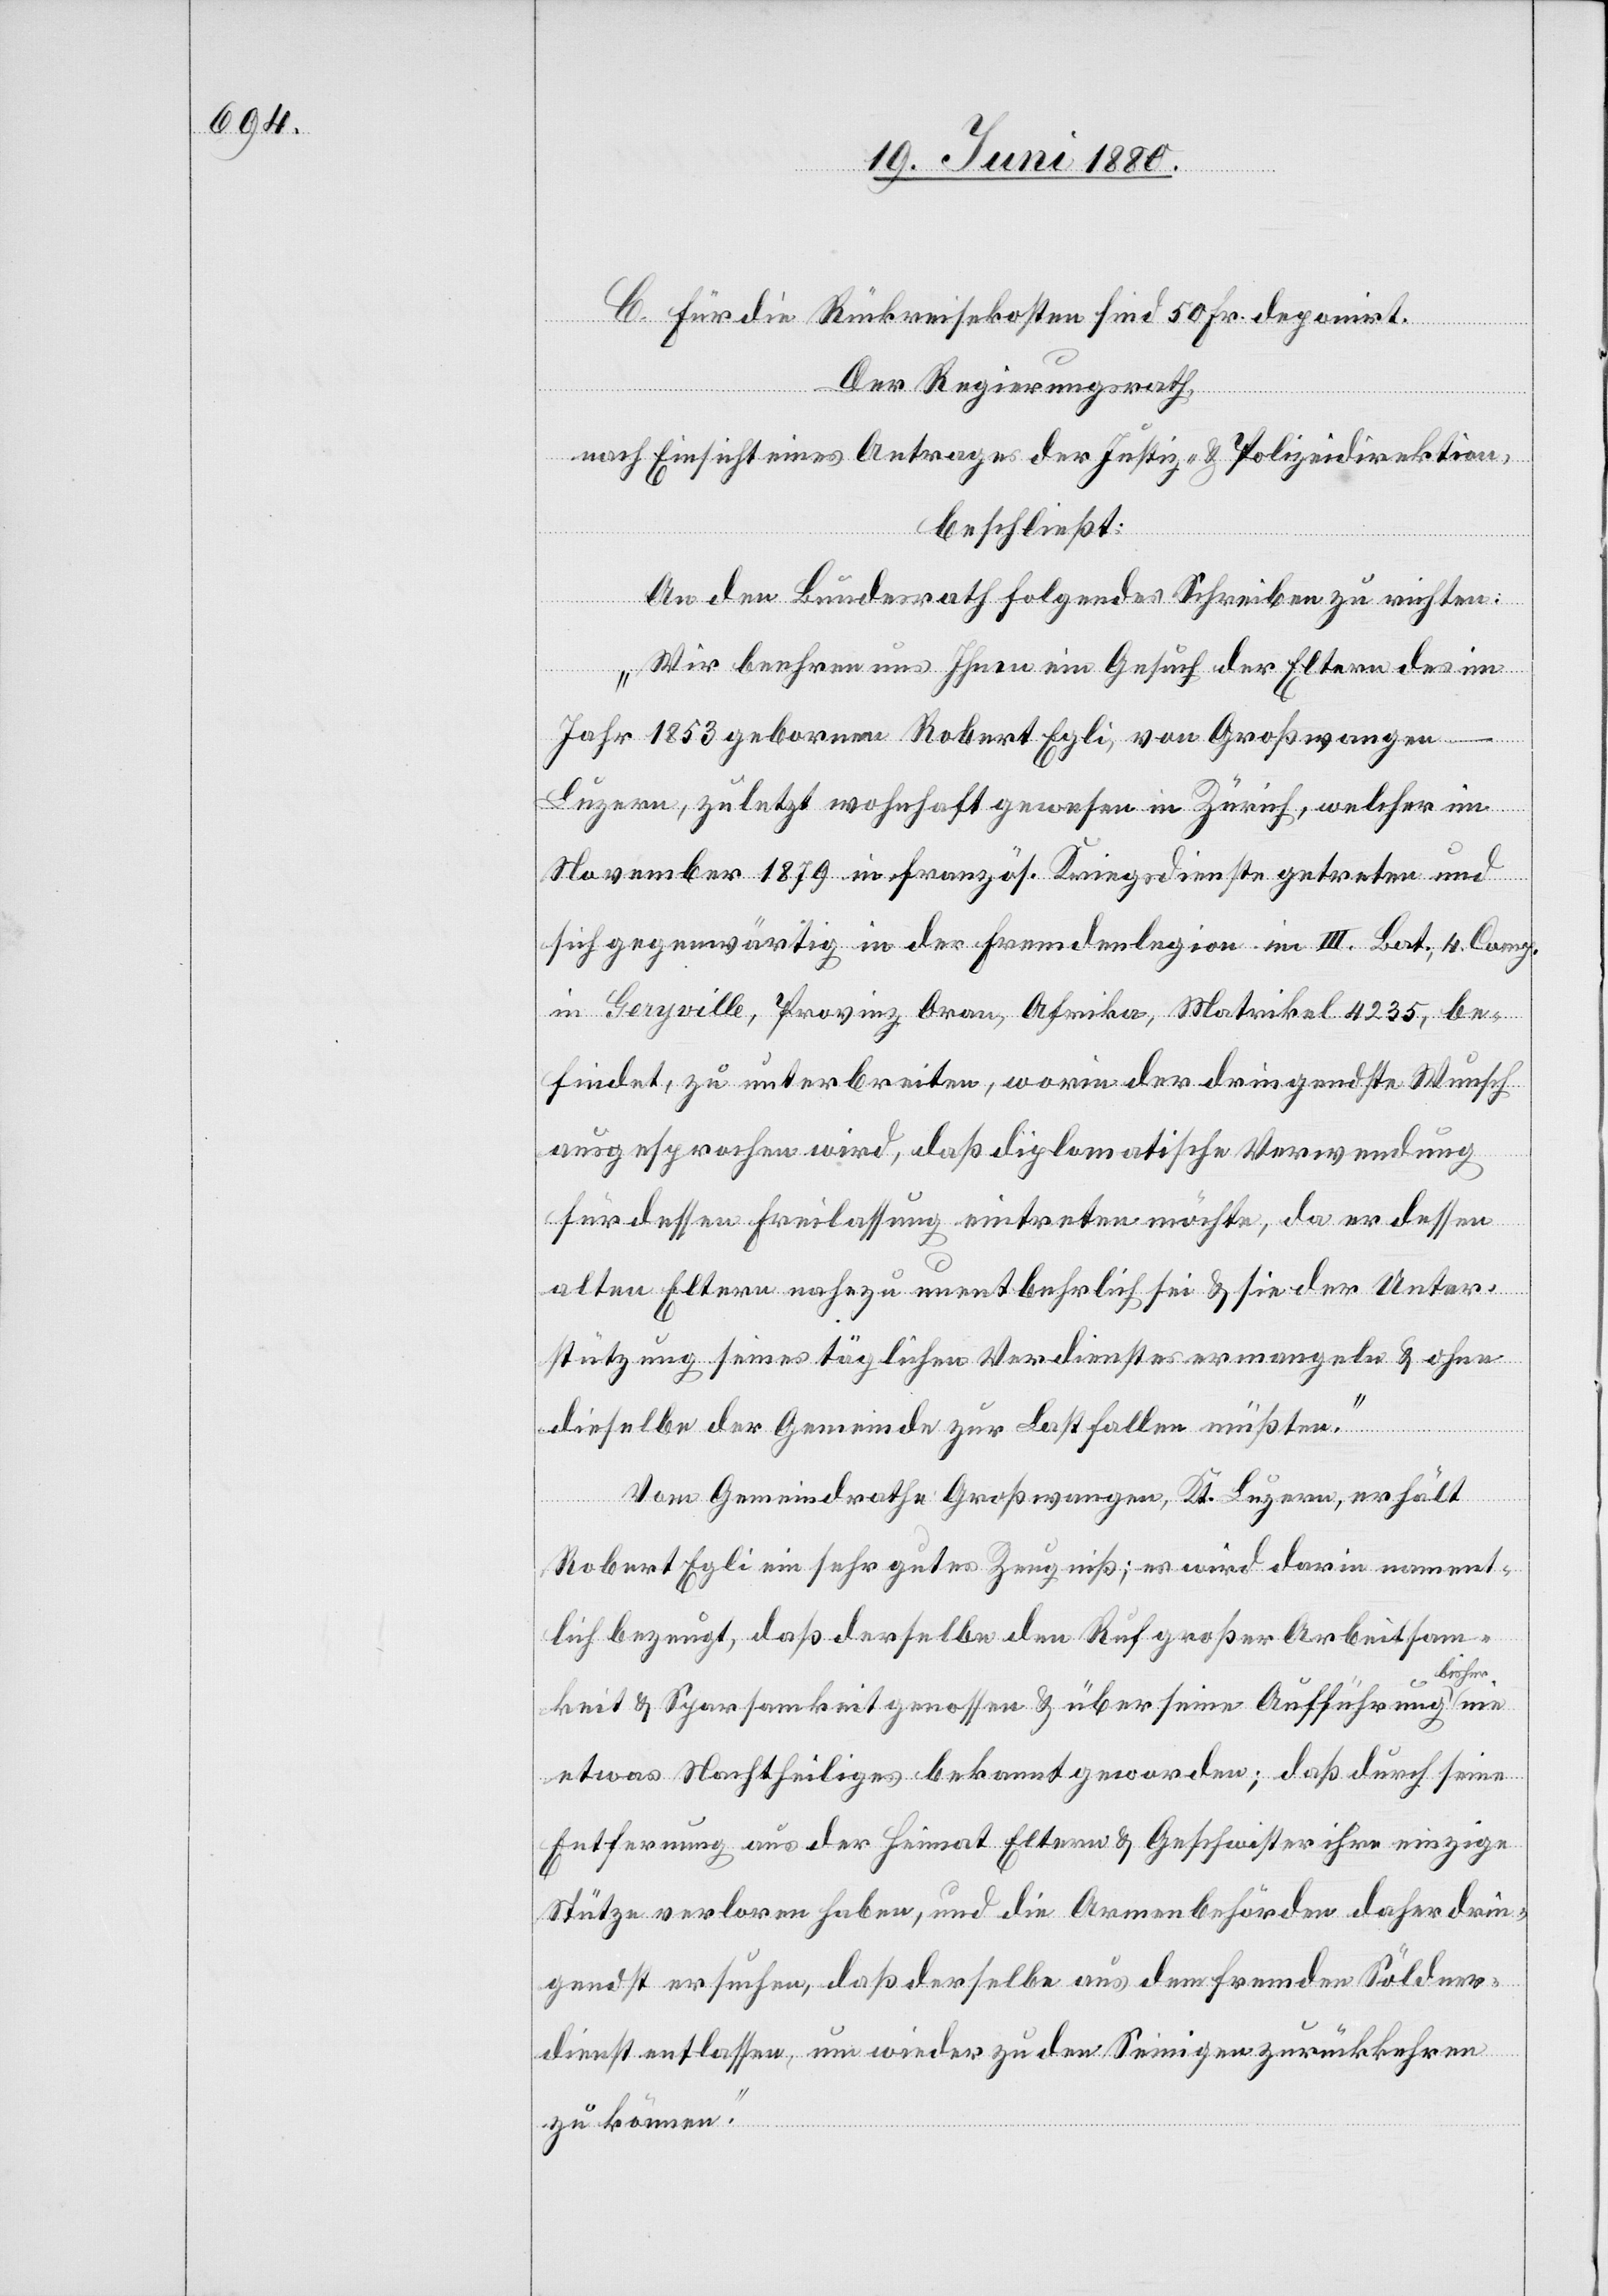
C. Für die Rückreisekosten sind 50 Fr. deponirt.
Der Regierungsrath;
nie
nach Einsicht eines Antrages der Justiz- & Polizeidirektion,
beschließt:
An den Bundesrath folgendes Schreiben zu richten:
„Wie beehren uns Ihnen ein Gesuch der Eltern des im
Jahr 1853 gebornen Robert Egli, von Großwangen
Luzern, zuletzt wohnhaft gewesen in Zürich, welcher im
November 1879 in französ. Kriegsdienste getreten und
sich gegenwärtig in der Fremdenlegion im III. Bat, 4. Comp.
in Geryville, Provinz Oran, Afrika, Matrikel 4235, be¬
findet, zu unterbreiten, worin der dringendste Wunsch
ausgesprochen wird, daß diplomatische Verwendung
für dessen Freilassung eintreten möchte, da er dessen
alten Eltern nahezu unentbehrlich sei & sie der Unter¬
stützung seines täglichen Verdienstes ermangeln & ohne
dieselbe der Gemeinde zur Last fallen müßten.
Vom Gemeindrathe Großwangen, Kt. Luzern, erhält
Robert Egli ein sehr gutes Zeugniß; es wird darin nament¬
lich bezeugt, daß derselbe den Ruf großer Arbeitsam¬
bisher
keit & Sparsamkeit genossen & über seine Aufführung
etwas Nachtheiliges bekannt geworden; daß durch seine
Entfernung aus der Heimat Eltern & Geschwister ihre einzige
Stütze verloren haben, und die Armenbehörden daher drin¬
gendst ersuchen, daß derselbe aus dem fremden Söldner¬
dienst entlassen, um wieder zu den Seinige zurückkehren
zu können.